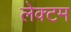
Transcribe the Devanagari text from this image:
लेक्टम